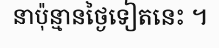
នាប៉ុន្មានថ្ងៃទៀតនេះ ។